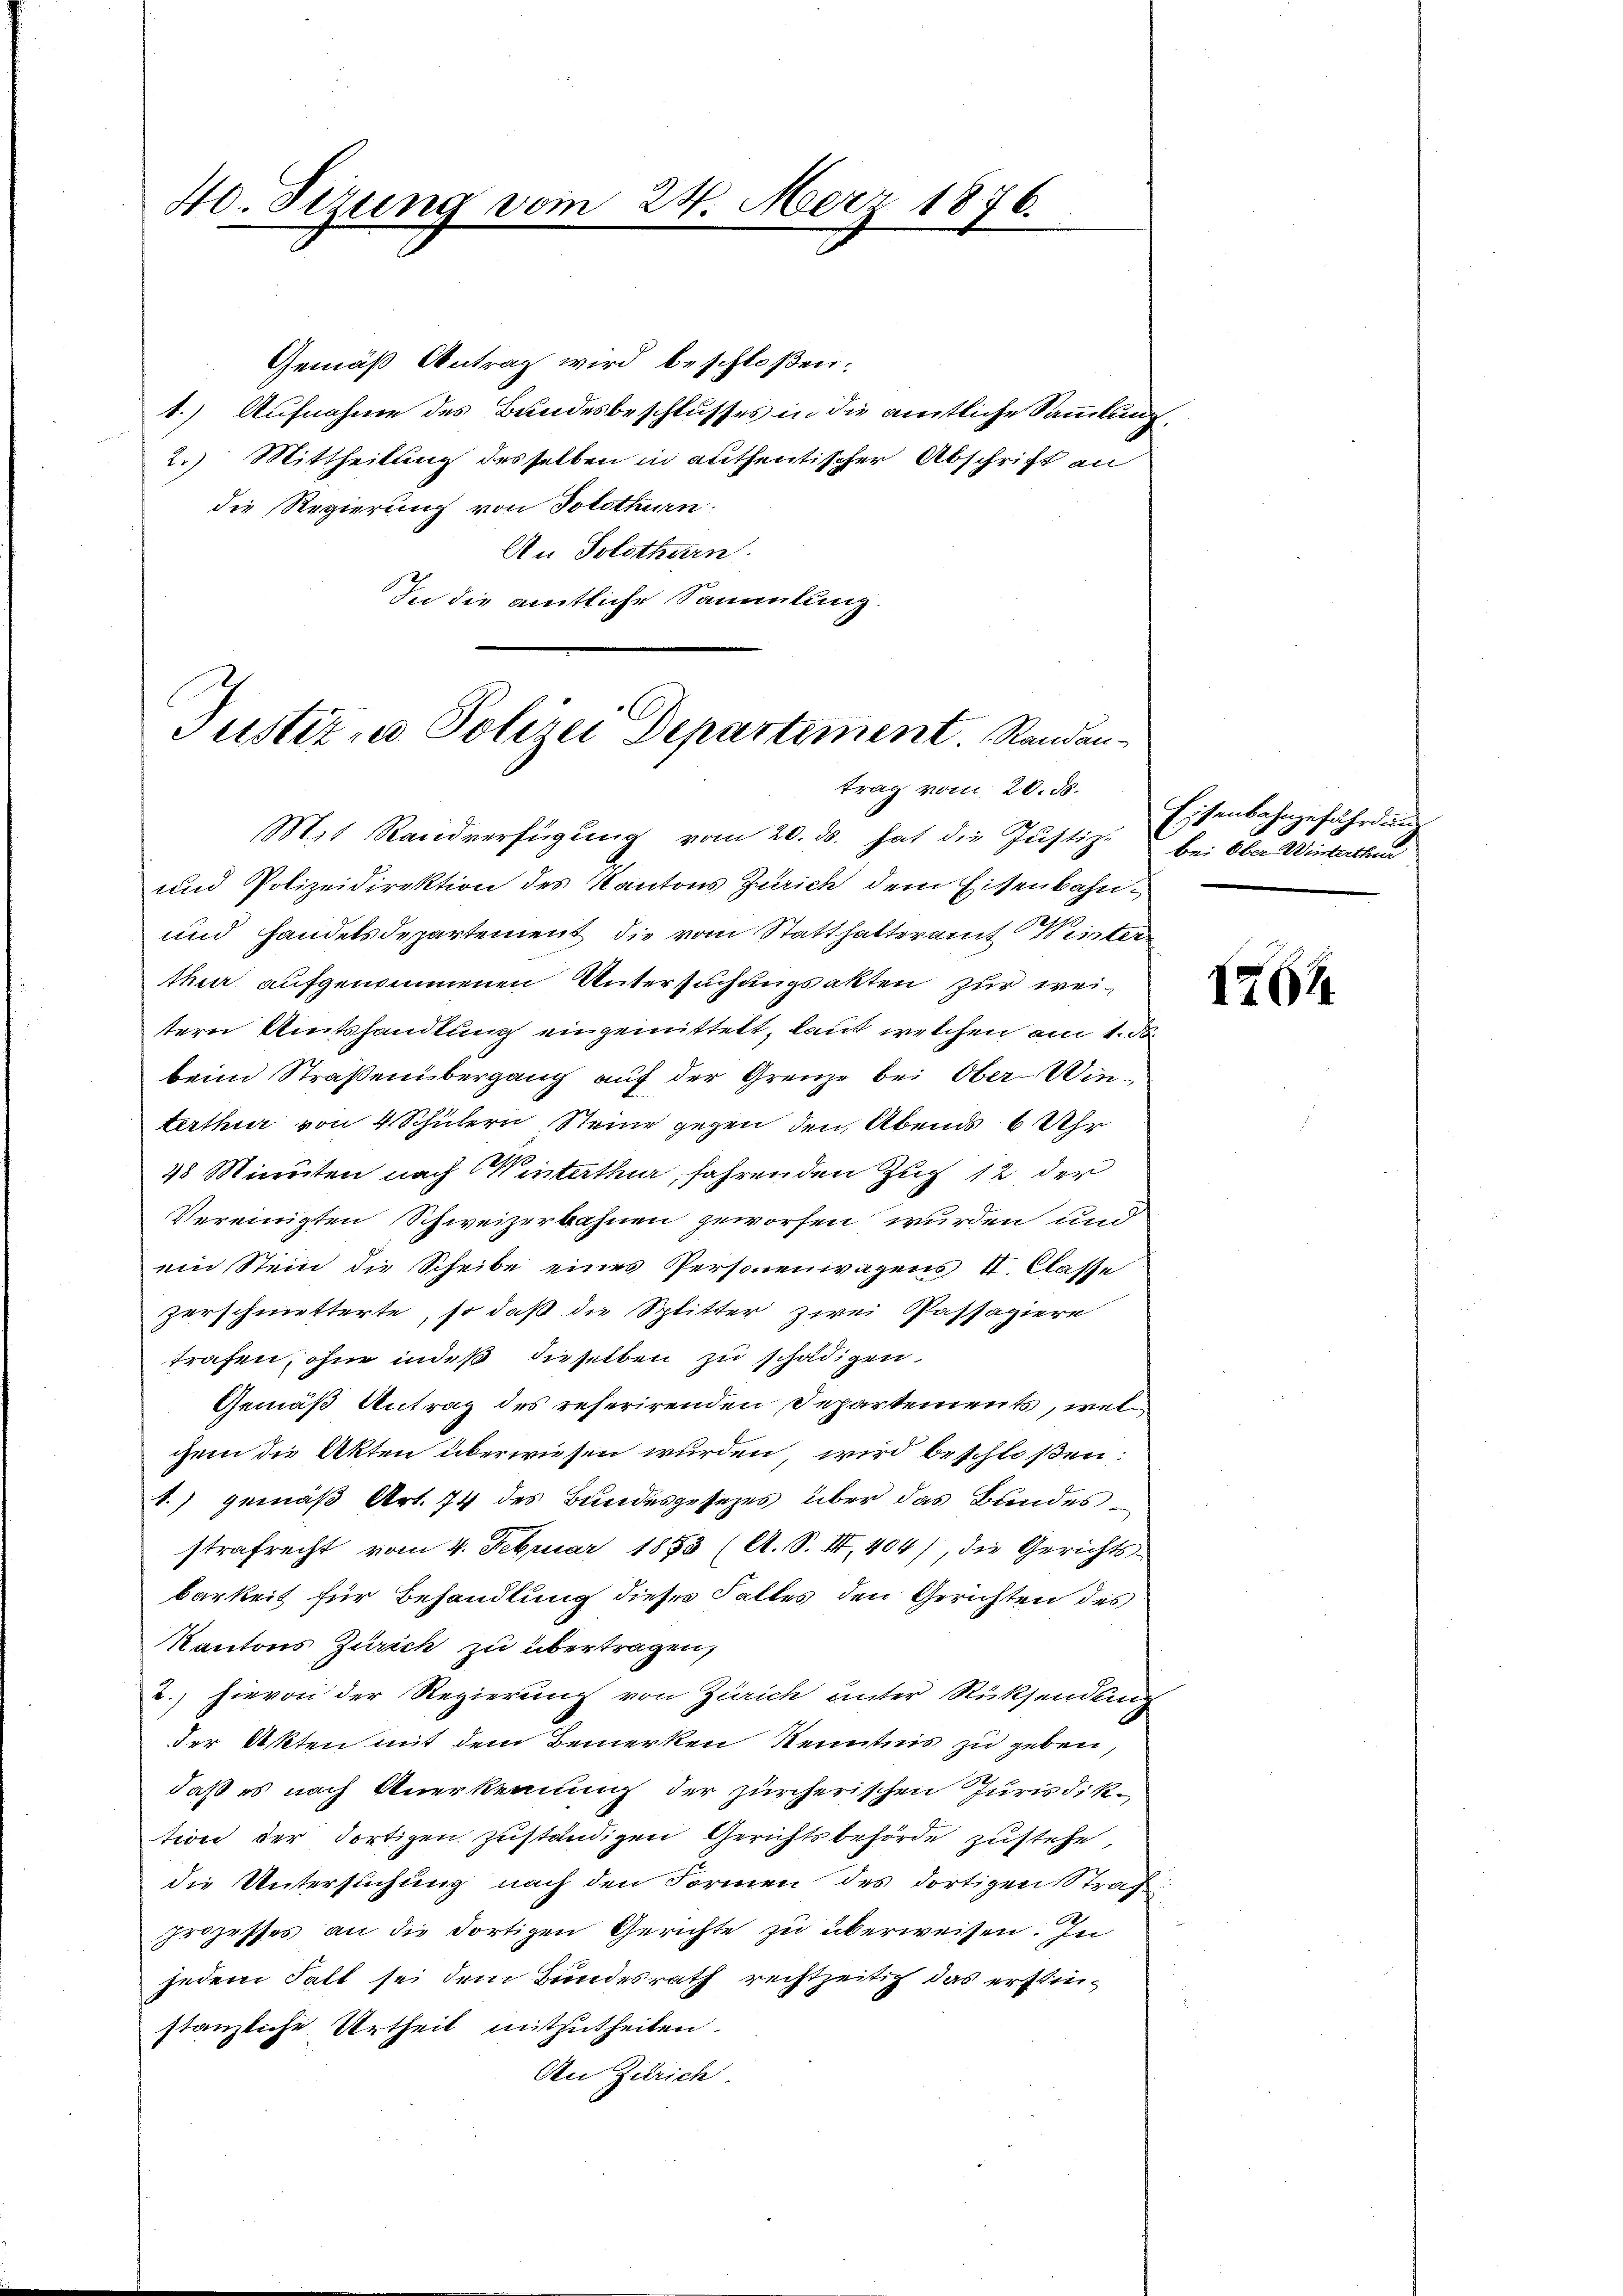
40. Sizung vom 24. März 1876.

Gemäß Antrag wird beschloßen:
1.) Aufnahme des Bundesbeschlusses in die amtliche Sammlung
2.) Mittheilung desselben in authentischer Abschrift an
die Regierung von Solothurn.
An Solothurn
In die amtliche Sammlung.

Justiz u. Polizei Departement. Randan
trag vom 20. ds.

Mit Randverfügŭng vom 20. ds. hat die Justiz-
und Polizeidirektion des Kantons Zürich dem Eisenbahn¬
und Handelsdepartement die vom Statthalteramt Wintertuer aufgenommenen Untersuchungsakten zur weitern Amtshandlung eingemittelt, laut welchen am 1. De
beim Straßenübergang auf der Grenze bei Ober-Winterthur von 4 Schülern Steine gegen den Abends 6 Uhr
48 Minuten nach Winterthur, fahrenden Zug 12 der
Vereinigten Schweizerbahnen geworfen wurden und
ein Stein die Scheibe eines Personenwagens II. Classe
zerschmitterte, so daß die Splitter zwei Passagiere
trafen, ohne indeß dieselben zu schädigen.
Gemäß Antrag des referirenden Departements, wel
czem die Akten überwiesen wurden wird beschloßen:
.) gemäß Art. 74 des Bundesgesezes über das Bundesstrafrecht vom 4. Februar 1855 (A. S. III, 404), die Gerichts-
barkeit für Behandlung dieses Falles den Gerichten des
Kantons Zürich zu übertragen,
2., hievon der Regierung von Zürich unter Rücksendung
der Akten mit dem Bemerken Kenntnis zu geben,
daß es nach Anerkennung der zürcherischen Jurisdiktion der dortigen zuständigen Gerichtsbehörde zustehe,
die Untersuchung nach den Formen des dortigen Strafprozesses an die dortigen Gerichte zu überweisen. In
jedem Fall sei dem Bundesrath rechtzeitig das erstinstanzliche Urtheil mitzutheilen.
An Zürich

.

Eisenbahngefährdung
bei Ober-Winterthur

16